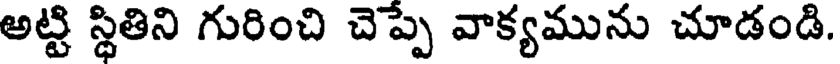
అట్టి స్థితిని గురించి చెప్పె వాక్యమును చూడండి.